Vaccination in the Punjab 1919-1929 - 1919-1929
Year: 1919
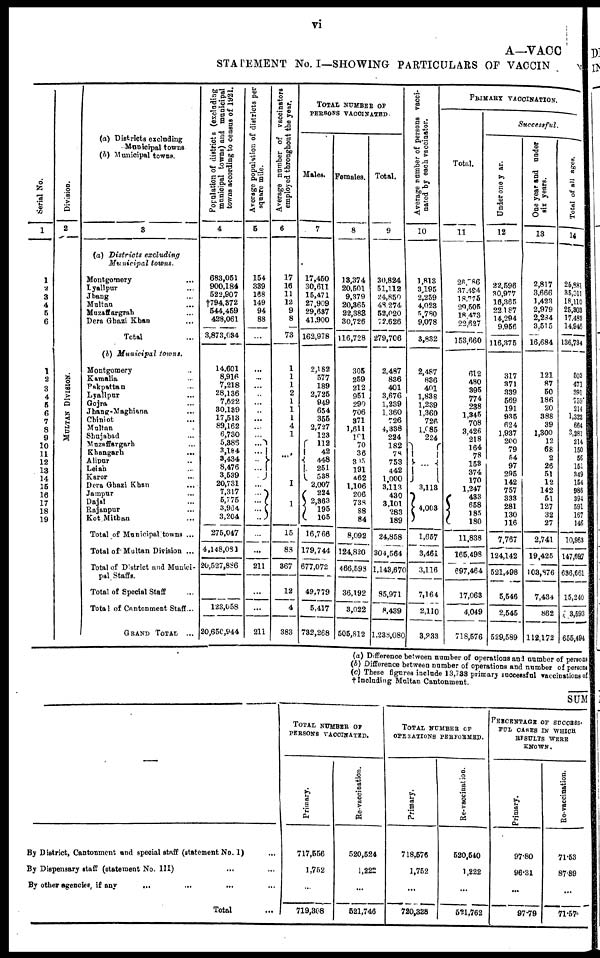
vi
A—VACC
STATEMENT No. I—SHOWING PARTICULARS OF VACCIN
Serial No.
1
1
2
3
4
5
6
1
2
3
4
5
6
7
8
9
10
11
12
13
14
15
16
17
18
19
Division.
2
MUL T AN DIVISION.
(a) Districts excluding
Municipal towns.
(b) Municipal towns.
3
(a) Districts excluding
Municipal towns.
Montgomery ...
Lyallpur ...
Jhang ...
Multan ...
Muzzaffargarh ...
Dera Ghazi Khan ...
Total ...
(b) Municipal towns.
Montgomery ...
Kamalia ...
Pakpattan ...
Lyallpur ...
Gojra ...
Jhang-Maghiana ...
Chiniot ...
Multan ...
Shujabad ...
Muzaffargarh ...
Khangarh. ...
Alipur ...
Leiah ...
Karor ...
Dera Ghazi Khan ...
Jampur ...
Dajal ...
Rajanpur ...
Kot Mithan ...
Total of Municipal towns ...
Total of Multan Division ...
Total of District and Munici-
pal Staffs. ...
Total of Special Staff ...
Total of Cantonment Staff...
GRAND TOTAL ...
Population of districts (excluding
municipal towns) and municipal
towns according to census of 1921.
4
683,051
900,184
522,907
†794,372
544,459
428,061
3,873,034
14,601
8,916
7,218
28,136
7,622
30,139
17,513
89,162
6,730
5,386
3,184
3,434
8,476
3,539
20,731
7,317
5,775
3,964
3,204
275,047
4,148,081
20,527,886
...
123,058
20,650,944
Average population of districts per
square mile.
5
154
339
168
149
94
88
...
...
...
...
...
...
...
...
...
...
...
...
...
...
...
...
...
...
211
...
...
211
Average number of vaccinators
employed throughout the year.
6
17
16
11
12
9
8
73
1
1
1
2
1
1
1
4
1
1
1
15
88
367
12
4
383
TOTAL NUMBER OF
PERSONS VACCINATED.
Males.
7
17,450
30,611
15,471
27,909
29,637
41,900
162,978
2,182
577
189
2,725
949
654
355
2,727
123
112
42
448
251
538
2,007
224
2,363
195
105
16,766
179,744
677,072
49,779
5,417
732,268
Females.
8
13,374
20,501
9,379
20,365
22,383
30,726
116,728
305
259
212
951
290
706
371
1,611
101 70
36
315
191
462
1,106
206
738
88
84
8,092
124,820
466,598
36,192
3,022
505,812
Total.
9
30,824
51,112
24,850
48,274
52,020
72,626
279,706
2,487
836
401
3,676
1,239
1,360
726
4,338
224
182
78
753
442
1,000
3,113
430
3,101
283
189
24,858
304,564
1,143,670
85,971
8,439
1,238,080
Average number of persons vacci¬
nated by each vaccinator.
10
1,813
3,195
2,259
4,023
5,780
9,078
3,832
2,487
836
401
1,838
1,239
1,360
726
1,085
224
...
3,113
4,003
1,657
3,461
3,116
7,164
2,110
3,233
PRIMARY VACCINATION.
Total.
11
26,586
37,494
18,775
29,505
18,473
22,627
153,660
612
480
395
774
238
1,345
708
3,426
218
164
78
153
374
170
1,247
433
658
185
180
11,838
165,498
697,464
17,063
4,049
718,576
Successful.
Under one year.
12
22,596
30,977
16,365
22,187
14,294
9,956
116,375
317
371
339
569
191
935
624
1,937
200
79
54
97
295
142
757
333
281
130
116
7,767
124,142
521,498
5,546
2,545
529,589
One year and under
six years.
13
2,817
3,666
1,423
2,979
2,284
3,515
16,684
121
87
50
186
20
388
39
1,300
12
68
2
26
51
12
142
51
127
32
27
2,741
19,425
103,876
7,434
862
112,172
Total of all ages.
14
25,881
35,011
18,110
25,303
17,483
14,946
136,734
502
471
391
759
214
1,323
664
3,281
214
450
56
151
349
154
986
394
591
167
146
10,963
147,697
636,661
15,240
3,593
655,494
(a) Difference between number of operations and number of persons
(b) Difference between number of operations and number of persons
(c) These figures include 13,733 primary successful vaccinations of
† Including Multan Cantonment.
SUM
By District, Cantonment and special staff (statement No. 1) ...
By Dispensary staff (statement No. III) ...
By other agencies, if any
...
Total ...
TOTAL NUMBER OF
PERSONS VACCINATED.
Primary.
717,556
1,752
...
719,308
Re-vaccination.
520,524
1,222
...
521,746
TOTAL NUMBER OF
OPERATIONS PERFORMED.
Primary.
718,576
1,752
...
720,328
Re-vaccination.
520,540
1,222
...
521.762
PERCENTAGE OF SUCCESS¬
FUL CASES IN WHICH
RESULTS WERE
KNOWN.
Primary.
97.80
96.31
...
97.79
Re-vaccination.
71.53
87.89
...
71.57